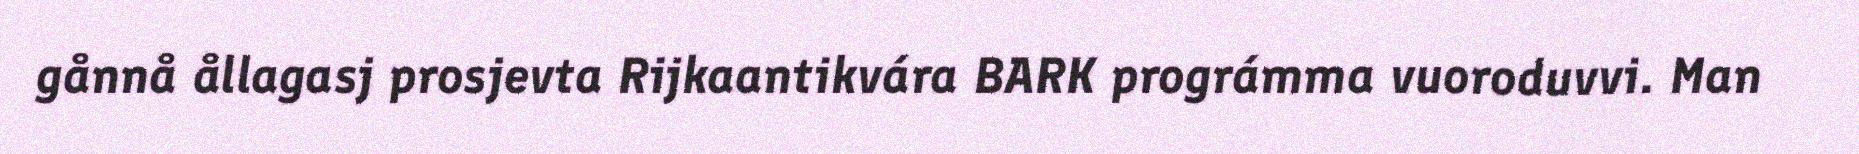
gånnå ållagasj prosjevta Rijkaantikvára BARK prográmma vuoroduvvi. Man